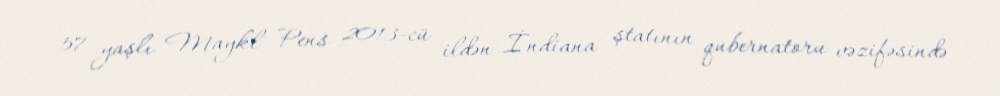
57 yaşlı Maykl Pens 2013-cü ildən İndiana ştatının qubernatoru vəzifəsində